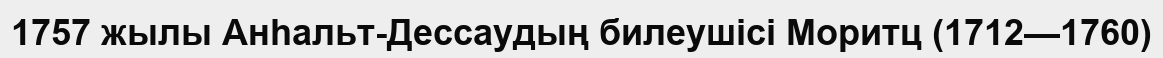
1757 жылы Анһальт-Дессаудың билеушісі Моритц (1712—1760)